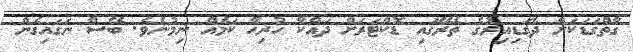
ގާތްގަޑަކަށް ދެގަޑިއިރުގެ ތެރޭގައި ޑޮކްޓަރަށް ދައްކާ ހުރިހާ ކަމެއް ނިމުނެވެ. ބޭސް ނަގައިގެން